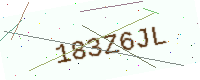
Text: 183Z6JL